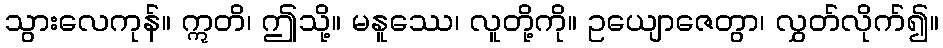
သွားလေကုန်။ ဣတိ၊ ဤသို့။ မနူဿေ၊ လူတို့ကို။ ဥယျောဇေတွာ၊ လွှတ်လိုက်၍။